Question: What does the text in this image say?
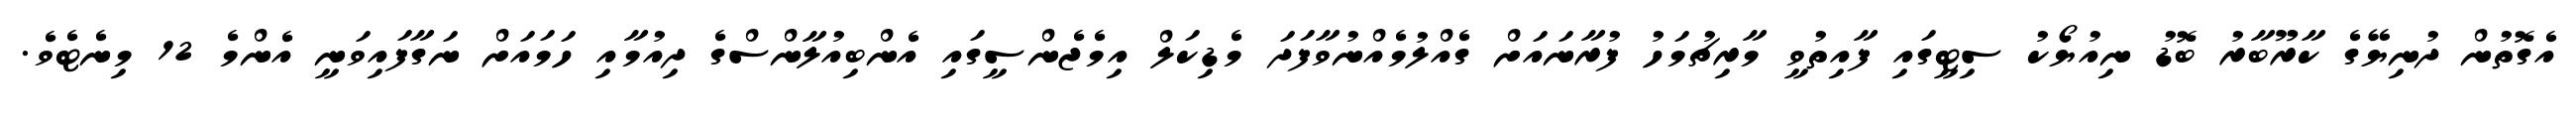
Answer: އެގޮތުން ދުނިޔޭގެ ކާރޫބާރު ބޮޑު ނިއުޔޯކު ސިޓީގައި ފާއިތުވީ މާރިޗުމަހު ފުރާނައަށް ގެއްލުމެއްނުވާފަދަ މެޑިކަލް އިމެޖެންސީގައި އެންބިއުލާންސްގެ ދިއުމާއި ހަމައަށް ނަގާފައިވަނީ އެންމެ 12 މިނެޓެވެ.